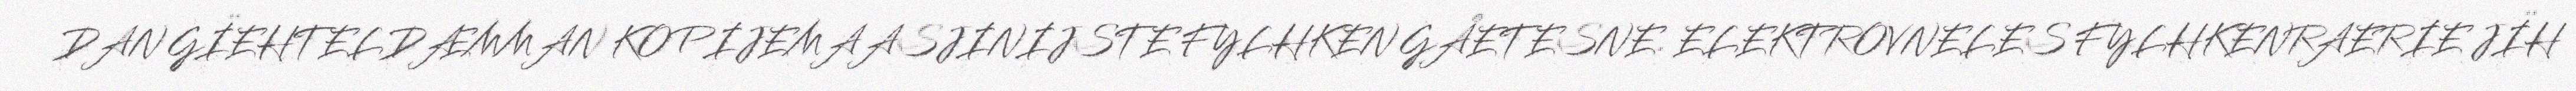
DAN GÏEHTELDÆMMAN KOPIJEMAASJINIJSTE FYLHKEN GÅETESNE. ELEKTROVNELES FYLHKENRAERIE JÏH